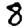
Digit: 8